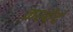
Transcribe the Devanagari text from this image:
कस्येदं